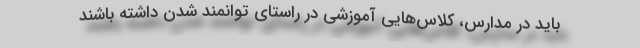
باید در مدارس، کلاس‌هایی آموزشی در راستای توانمند شدن داشته باشند